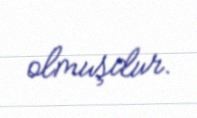
olmuşdur.